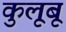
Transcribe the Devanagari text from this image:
कुलूबू